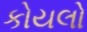
કોયલો